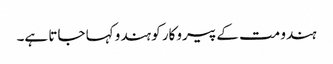
ہندو مت کے پیروکار کو ہندو کہا جاتا ہے۔